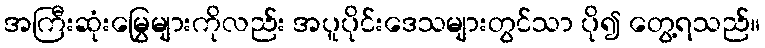
အကြီးဆုံးမြွေများကိုလည်း အပူပိုင်းဒေသများတွင်သာ ပို၍ တွေ့ရသည်။